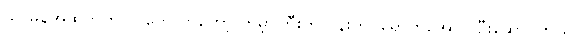
သာမန်အထက်က လူတွေ ကတော့ ကမ္ဘာကြီးကို ပန်းတိုင်ရောက်အောင် ဦးဆောင်တယ်။